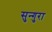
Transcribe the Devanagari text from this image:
सुन्गुरा